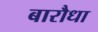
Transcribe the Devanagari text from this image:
बारौधा